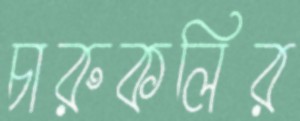
চারুকলির